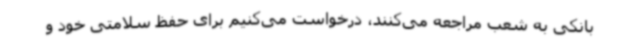
بانکی به شعب مراجعه می‌کنند، درخواست می‌کنیم برای حفظ سلامتی خود و